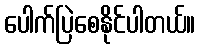
ပေါက်ပြဲစေနိုင်ပါတယ်။